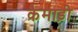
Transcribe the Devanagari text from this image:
कैमाड़ी